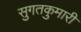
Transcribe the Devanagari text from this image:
सुगतकुमारी